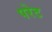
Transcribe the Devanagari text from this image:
परेट